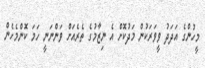
މީހުންގެ އަދަދު ވީވަރަކުން މަދުކޮށް އެ ނިޒާމުގެ ތެރެއަށް ވަންނަނީ ހަމަ ކޮންމެހެން